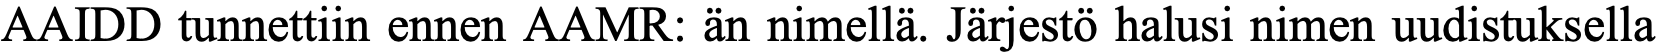
AAIDD tunnettiin ennen AAMR: än nimellä. Järjestö halusi nimen uudistuksella